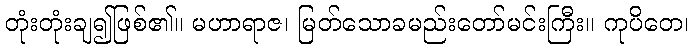
တုံးတုံးချ၍ဖြစ်၏။ မဟာရာဇ၊ မြတ်သောခမည်းတော်မင်းကြီး။ ကုပိတေ၊